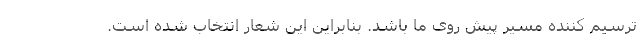
ترسیم کننده‌ مسیر پیش روی ما باشد. بنابراین این شعار انتخاب شده است.